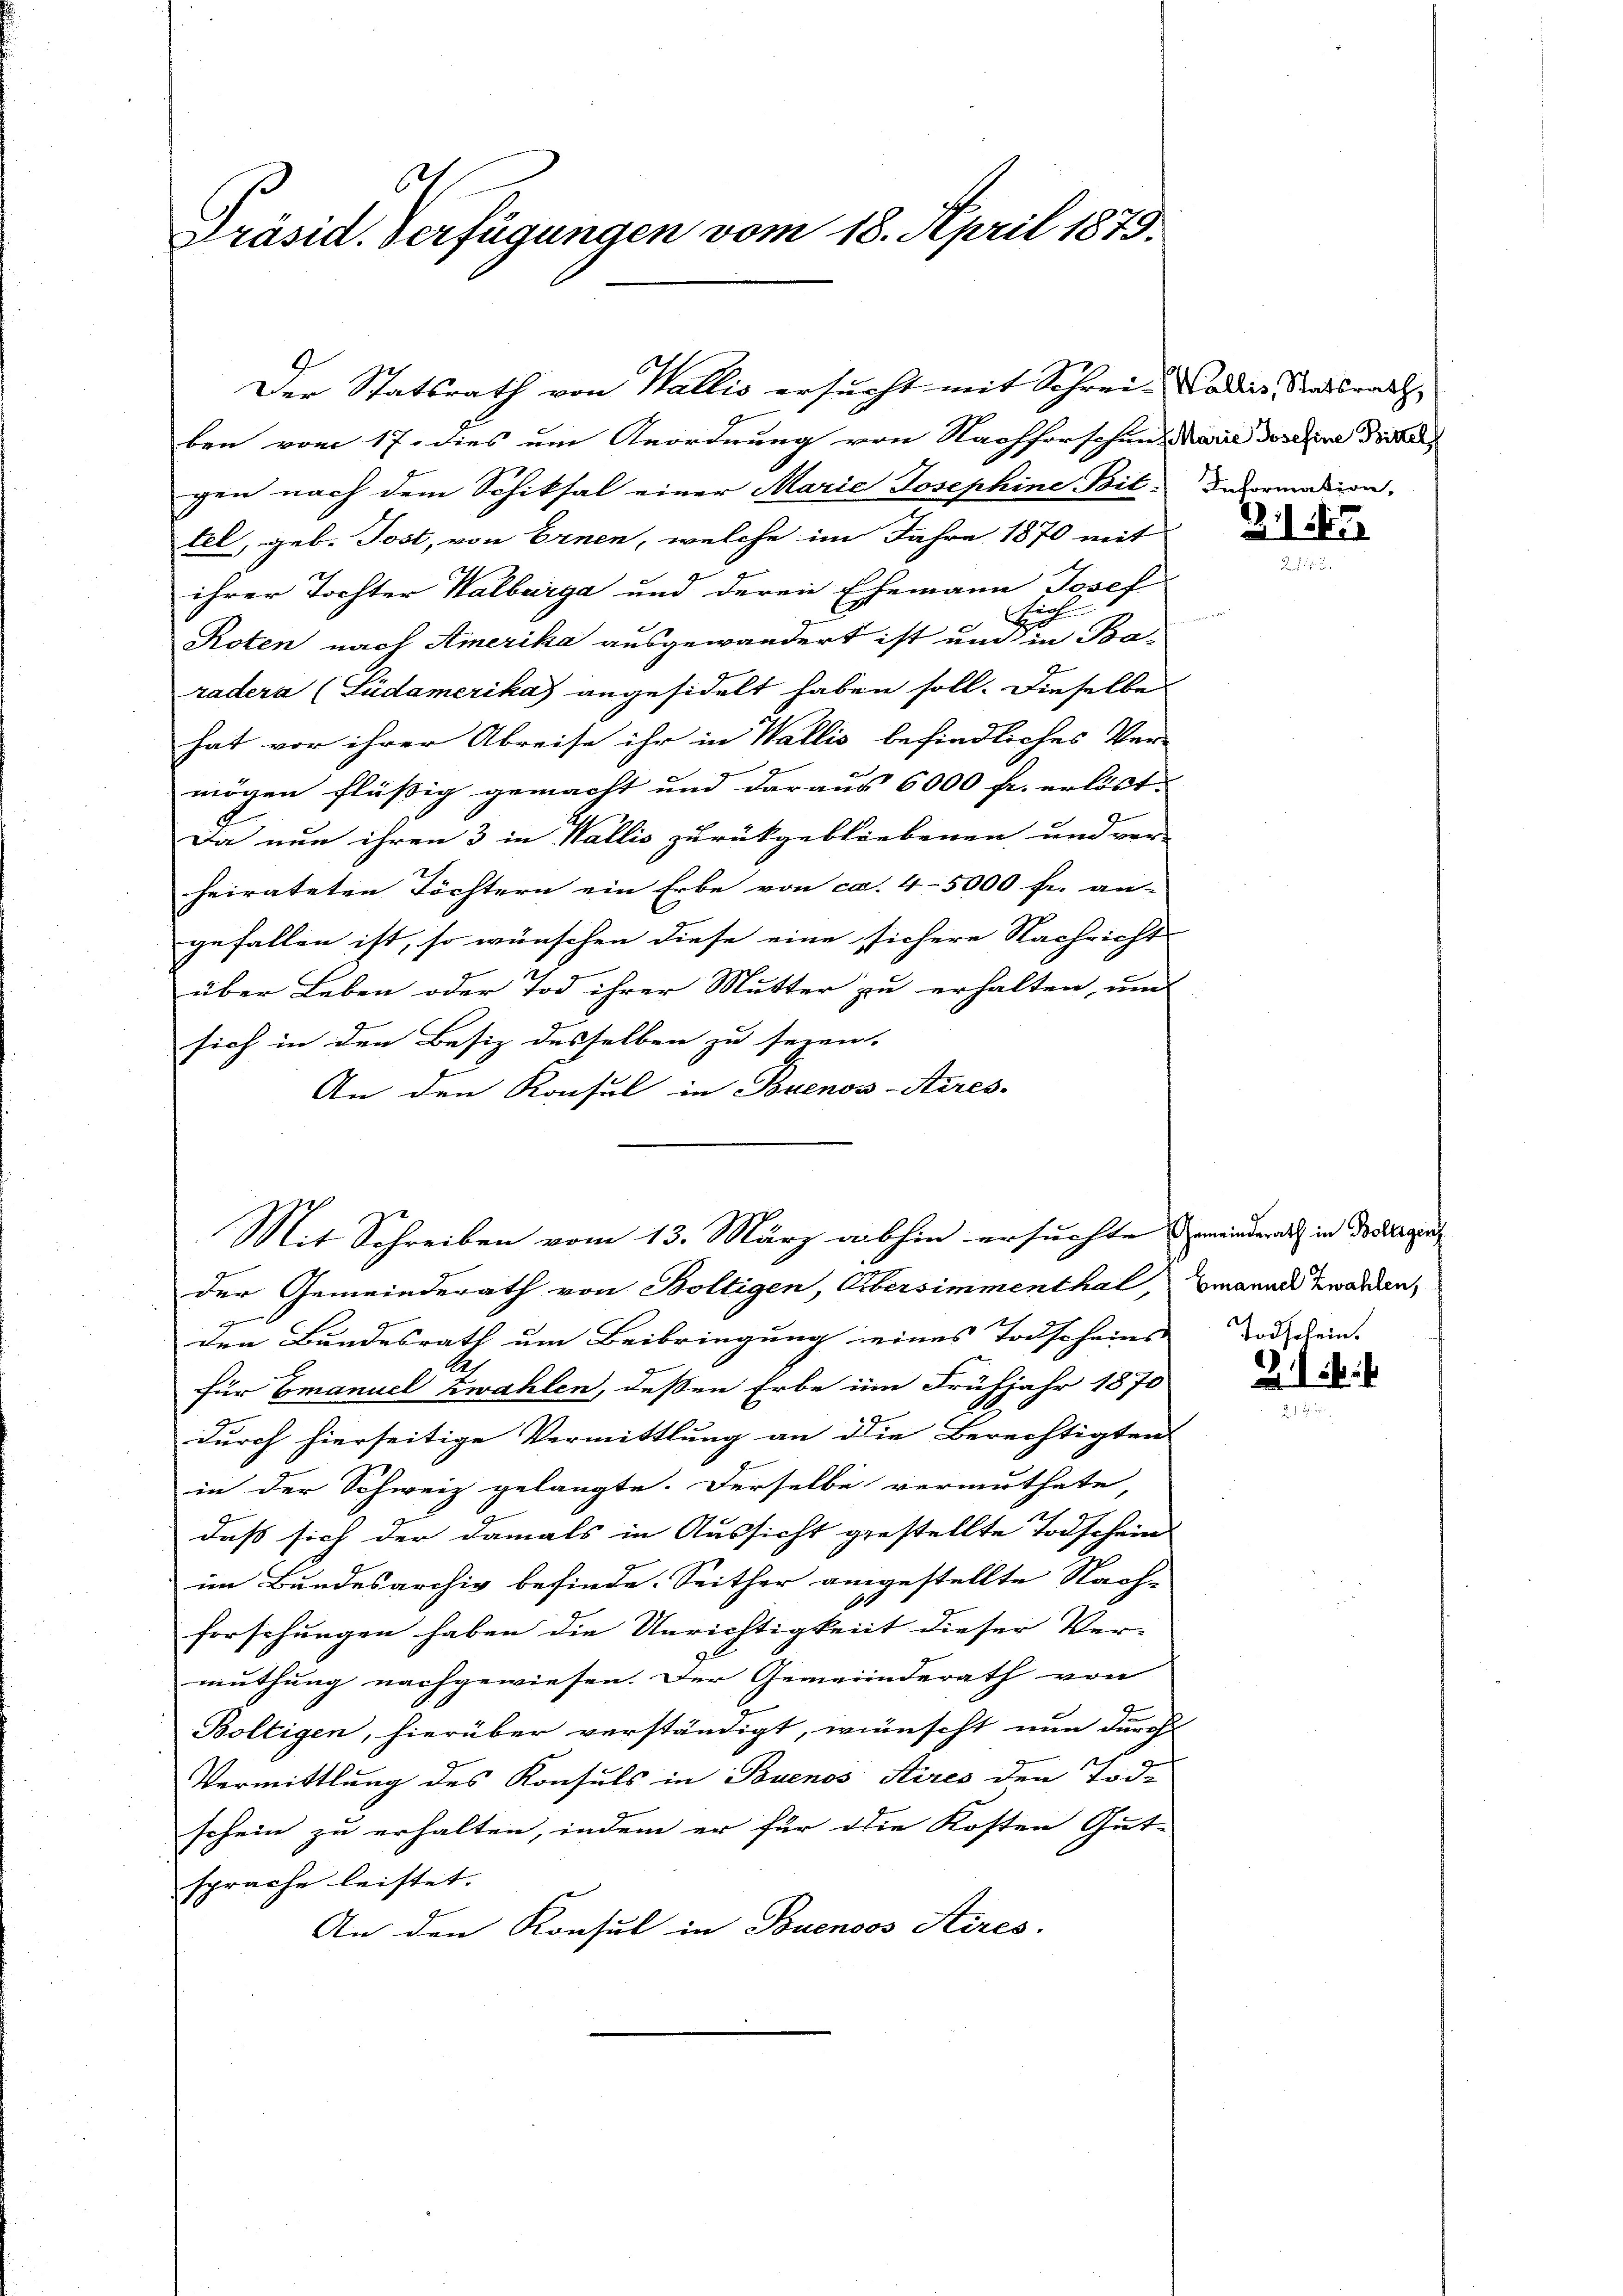
.
Präsid. Verfügungen vom 18. April 1875.

ben vom 17. dies um Anordnung von Nachforschen Marie doschine Frie
gen nach dem Schiksal einer Marie Josephine Bit. Dasormation,
tel, geb. Jost, von Ernen, welche im Jahre 1870 mit
ihrer Tochter Walberga und deren Ehemann Josef
ich
.
Roten nach Amerika ausgewandert ist und in Ba-
radera (Lüdamerika) angesidelt haben soll. Dieselbe
hat vor ihrer Abreise ihr in Wallis befindliches Ver-
mögen flüßig gemacht und daraus 6000 fr. erlöst. |
8
Da nun ihren 3 in Wallis zurückgebliebenen und ver-
heirateten Töchtern ein Erbe von ca. 4-5000 fr. an-
gefallen ist, so wünschen diese eine sichere Nachricht
über Leben oder Tod ihrer Mutter zu erhalten, um
sich in den Besiz desselben zu seien. |
An den Konsul in Buenos-Aires-
Mit Schreiben vom 13. März abhin ersuchte meindert in der den
der Gemeinderath von Boltigen, Obersimmenthal,
den Bundesrath um Beibringung seines Todscheins
für Emanuel Zwahlen, deßen Erbe im Frühjahr 1870
durch hierseitige Vermittlung an die Berechtigten
in der Schweiz gelangte. Derselbe vermuthate,
daß sich der damals in Aussicht gestellte Todschein
im Bundesarchiv befinde. Seither angestellte Nach-
forschungen haben die Unrichtigkeit dieser Ver-
muthung nachgewiesen. Der Gemeinderath von
2.
Boltigen, hierüber verständigt, wünscht nun durch
Vermittlung des Konsuls in Buenos Aires den Tode
schein zu erhalten, indem er für die Kosten Gut-
sprache leistet.
An den Konsul in Buenoos Aires.

Der Statsrath von Wallis ersucht mit Schrei- Wadeis, Stadtrath,

2

Emanuel Zwahlen,

Todschein.
.